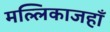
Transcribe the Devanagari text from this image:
मल्लिकाजहाँ